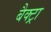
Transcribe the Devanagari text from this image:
बैक्ट्रा